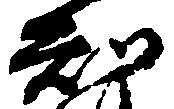
知